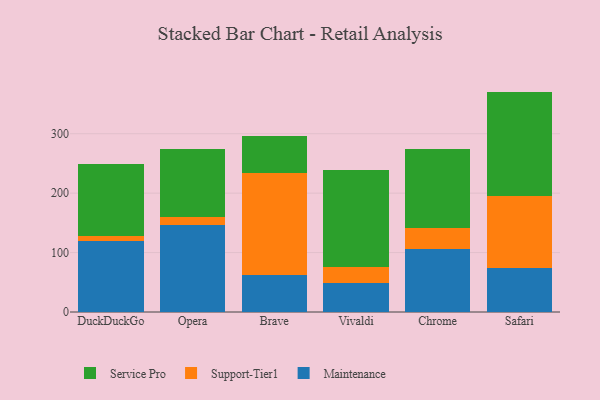
{"axis": {"x": "Browser", "y": "Demand Index"}, "legend": ["Maintenance", "Service Pro", "Support-Tier1"], "data": [{"x": "DuckDuckGo", "y": 118.9, "type": "Maintenance"}, {"x": "DuckDuckGo", "y": 9.3, "type": "Support-Tier1"}, {"x": "DuckDuckGo", "y": 120.9, "type": "Service Pro"}, {"x": "Opera", "y": 146.4, "type": "Maintenance"}, {"x": "Opera", "y": 13.1, "type": "Support-Tier1"}, {"x": "Opera", "y": 115.5, "type": "Service Pro"}, {"x": "Brave", "y": 63.0, "type": "Maintenance"}, {"x": "Brave", "y": 171.1, "type": "Support-Tier1"}, {"x": "Brave", "y": 62.3, "type": "Service Pro"}, {"x": "Vivaldi", "y": 49.5, "type": "Maintenance"}, {"x": "Vivaldi", "y": 25.9, "type": "Support-Tier1"}, {"x": "Vivaldi", "y": 163.6, "type": "Service Pro"}, {"x": "Chrome", "y": 105.9, "type": "Maintenance"}, {"x": "Chrome", "y": 35.9, "type": "Support-Tier1"}, {"x": "Chrome", "y": 133.1, "type": "Service Pro"}, {"x": "Safari", "y": 74.6, "type": "Maintenance"}, {"x": "Safari", "y": 121.4, "type": "Support-Tier1"}, {"x": "Safari", "y": 174.9, "type": "Service Pro"}]}